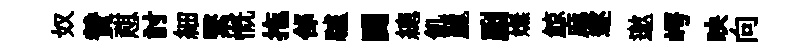
奴賛憇討細繄慨拖郃驢闘總飢麗劂嫵鯨麻遂邀崿映向